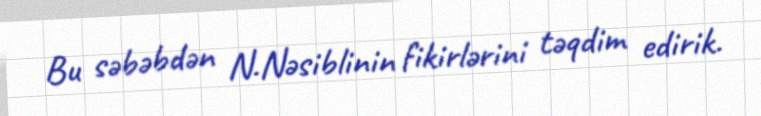
Bu səbəbdən N.Nəsiblinin fikirlərini təqdim edirik.